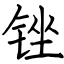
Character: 锉